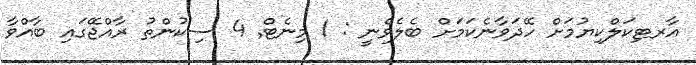
އާރޓިކަލްކިޔުމަށް ހޭދަވާނެކަމަށް ބެލެވެނީ : 1 މިނެޓް